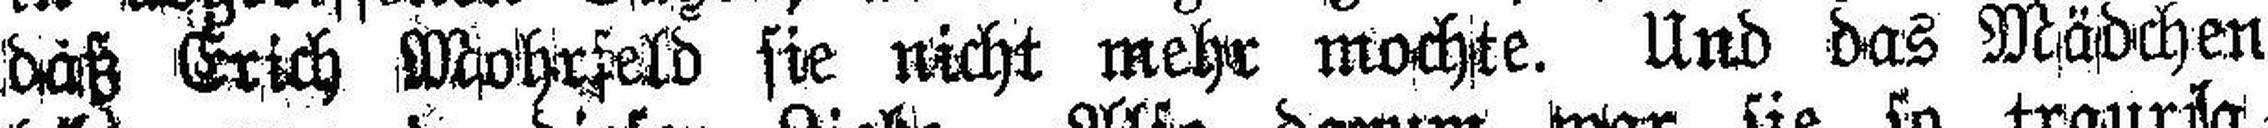
däß Erich Mohrfeld sie nicht mehr mochte. Und das Mädchen